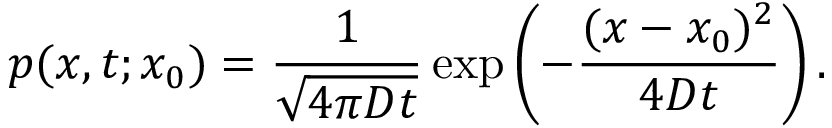
p ( x , t ; x _ { 0 } ) = { \frac { 1 } { \sqrt { 4 \pi D t } } } \exp \left( - { \frac { ( x - x _ { 0 } ) ^ { 2 } } { 4 D t } } \right) .